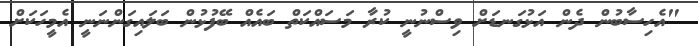
"އެހިސާބުން ދެން އަޅުގަނޑަށް ވިސްނުނީ ކުރާ މަސައްކަތް ބައެއް ބޭފުޅުން ބަލައިގަންނަނީ އެމީހަކަށް